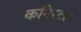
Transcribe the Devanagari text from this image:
कनिस्टर